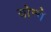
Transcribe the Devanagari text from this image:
योन्गे